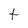
Character: t